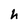
Character: h